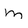
Character: m